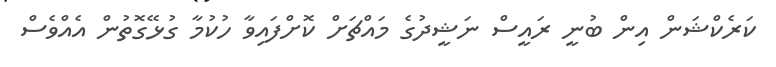
ކަރެކްޝަން އިން ބުނީ ރައީސް ނަޝީދުގެ މައްޗަށް ކޮށްފައިވާ ހުކުމާ ގުޅޭގޮތުން އެއްވެސް